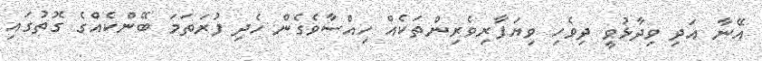
އޭނާ އަދި ވިދާޅުވީ ދިވެހި ވިޔަފާރިވެރިންތަކެއް ހިއްސާވެގެން ހެދި ފުރަތަމަ ބޭންކެއްގެ ގޮތުގައި